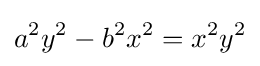
a^{2}y^{2}-b^{2}x^{2}=x^{2}y^{2}